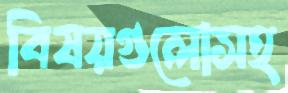
বিষয়গুলোসহ